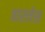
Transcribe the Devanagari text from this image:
वारलेस